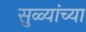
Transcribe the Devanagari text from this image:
सुळ्यांच्या